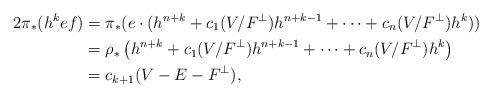
LaTeX: \begin{align*} 2\pi_*(h^k e f) &= \pi_*( e\cdot (h^{n+k} + c_1(V/F^\perp) h^{n+k-1} + \cdots + c_n(V/F^\perp) h^k ) ) \\ &= \rho_*\left( h^{n+k} + c_1(V/F^\perp) h^{n+k-1} + \cdots + c_n(V/F^\perp) h^k \right) \\ &= c_{k+1}(V-E-F^\perp),\end{align*}